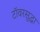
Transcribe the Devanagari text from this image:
टॉवरसुद्धा